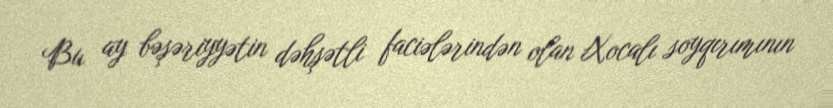
Bu ay bəşəriyyətin dəhşətli faciələrindən olan Xocalı soyqırımının